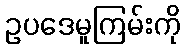
ဥပဒေမူကြမ်းကို